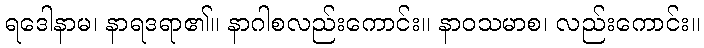
ရဒေါနာမ၊ နာရဒရာ၏။ နာဂါစလည်းကောင်း။ နာဝသမာစ၊ လည်းကောင်း။